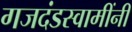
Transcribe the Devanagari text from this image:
गजदंडस्वामींनी